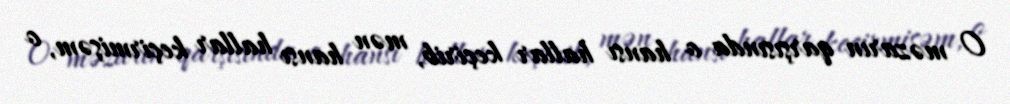
O məzarın qarşısında o hansı hallar keçirib, mən hansı hallar keçirmişəm, o